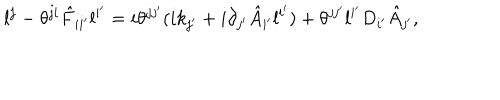
LaTeX: l ^ { j } - \theta ^ { j i } \hat { F } _ { i i ^ { \prime } } l ^ { i ^ { \prime } } = i \theta ^ { j j ^ { \prime } } ( i k _ { j ^ { \prime } } + i \partial _ { j ^ { \prime } } \hat { A } _ { i ^ { \prime } } l ^ { i ^ { \prime } } ) + \theta ^ { j j ^ { \prime } } l ^ { i ^ { \prime } } D _ { i ^ { \prime } } \hat { A } _ { j ^ { \prime } } ,